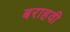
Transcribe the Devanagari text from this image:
बराहवी